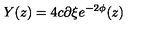
Y ( z ) = 4 c \partial \xi e ^ { - 2 \phi } ( z )